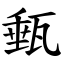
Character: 甀